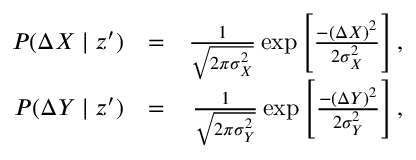
\begin{array} { r l r } { P ( \Delta X \mid z ^ { \prime } ) } & { = } & { \frac { 1 } { \sqrt { 2 \pi \sigma _ { X } ^ { 2 } } } \exp \left[ \frac { - ( \Delta X ) ^ { 2 } } { 2 \sigma _ { X } ^ { 2 } } \right] , } \\ { P ( \Delta Y \mid z ^ { \prime } ) } & { = } & { \frac { 1 } { \sqrt { 2 \pi \sigma _ { Y } ^ { 2 } } } \exp \left[ \frac { - ( \Delta Y ) ^ { 2 } } { 2 \sigma _ { Y } ^ { 2 } } \right] , } \end{array}